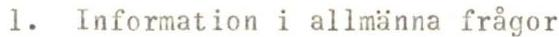
1. Information i allmanna frågor